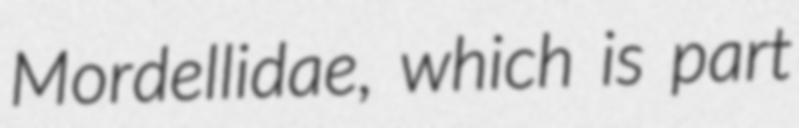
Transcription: Mordellidae, which is part